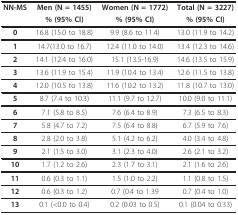
| NN-MS | Men (N = 1455) | Women (N = 1772) | Total (N = 3227) |
 |  | % (95% CI) | % (95% CI) | % (95% CI) |
 | --- | --- | --- | --- |
 | 0 | 16.8 (15.0 to 18.8) | 9.9 (8.6 to 11.4) | 13.0 (11.9 to 14.2) |
 | 1 | 14.7(13.0 to 16.7) | 12.4 (11.0 to 14.0) | 13.4 (12.3 to 14.6) |
 | 2 | 14.1 (12.4 to 16.0) | 15.1 (13.5-16.9) | 14.6 (13.5 to 15.9) |
 | 3 | 13.6 (11.9 to 15.4) | 11.9 (10.4 to 13.4) | 12.6 (11.5 to 13.8) |
 | 4 | 12.0 (10.5 to 13.8) | 11.6 (10.2 to 13.2) | 11.8 (10.7 to 13.0) |
 | 5 | 8.7 (7.4 to 10.3) | 11.1 (9.7 to 12.7) | 10.0 (9.0 to 11.1) |
 | 6 | 7.1 (5.8 to 8.5) | 7.6 (6.4 to 8.9) | 7.3 (6.5 to 8.3) |
 | 7 | 5.8 (4.7 to 7.2) | 7.5 (6.4 to 8.8) | 6.7 (5.9 to 7.6) |
 | 8 | 2.8 (2.0 to 3.8) | 5.1 (4.2 to 6.2) | 4.0 (3.4 to 4.8) |
 | 9 | 2.1 (1.5 to 3.0) | 3.1 (2.3 to 4.0) | 2.6 (2.1 to 3.2) |
 | 10 | 1.7 (1.2 to 2.6) | 2.3 (1.7 to 3.1) | 2.1 (1.6 to 2.6) |
 | 11 | 0.6 (0.3 to 1.1) | 1.5 (1.0 to 2.2) | 1.1 (0.8 to 1.5) |
 | 12 | 0.6 (0.3 to 1.2) | 0.7 (0.4 to 1.39 | 0.7 (0.4 to 1.0) |
 | 13 | 0.1 (<0.0 to 0.4) | 0.2 (0.03 to 0.5) | 0.1 (0.04 to 0.33) |